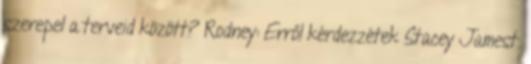
szerepel a terveid között? Rodney: Erről kérdezzétek Stacey Jamest.